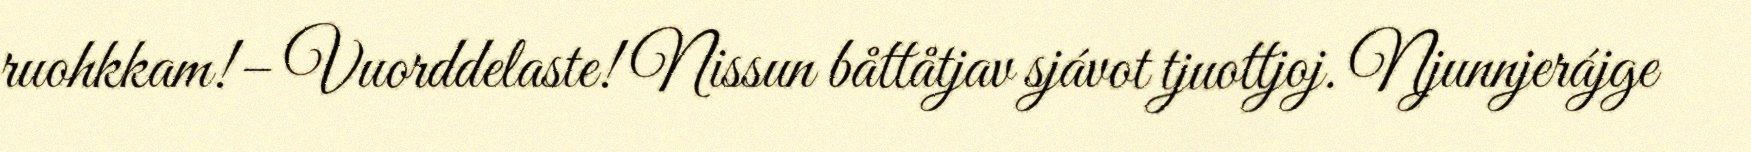
ruohkkam!– Vuorddelaste! Nissun båttåtjav sjávot tjuottjoj. Njunnjerájge